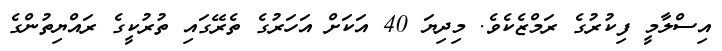
އިސްލާމީ ފިކުރުގެ ރަމްޒެކެވެ. މިދިޔަ 40 އަކަށް އަހަރުގެ ތެރޭގައި ތުރުކީގެ ރައްޔިތުންގެ